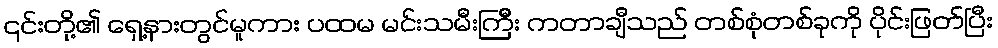
၎င်းတို့၏ ရှေ့နားတွင်မူကား ပထမ မင်းသမီးကြီး ကတာချီသည် တစ်စုံတစ်ခုကို ပိုင်းဖြတ်ပြီး